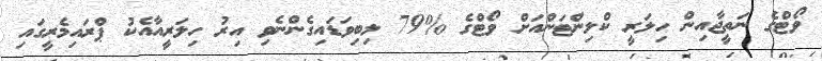
ވޯޓްގެ ނަތީޖާއިން ހިލަރީ ކްލިންޓަންއަށް ވޯޓްގެ %79 ލިބިވަޑައިގެންނެވި އިރު ހިލަރީއާއެކު ޕްރައިމެރީގައި